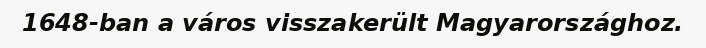
1648-ban a város visszakerült Magyarországhoz.